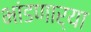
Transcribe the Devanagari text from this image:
भांडणार्या